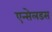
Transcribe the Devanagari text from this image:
एन्सेलडस